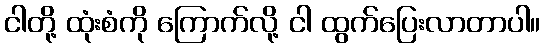
ငါတို့ ထုံးစံကို ကြောက်လို့ ငါ ထွက်ပြေးလာတာပါ။